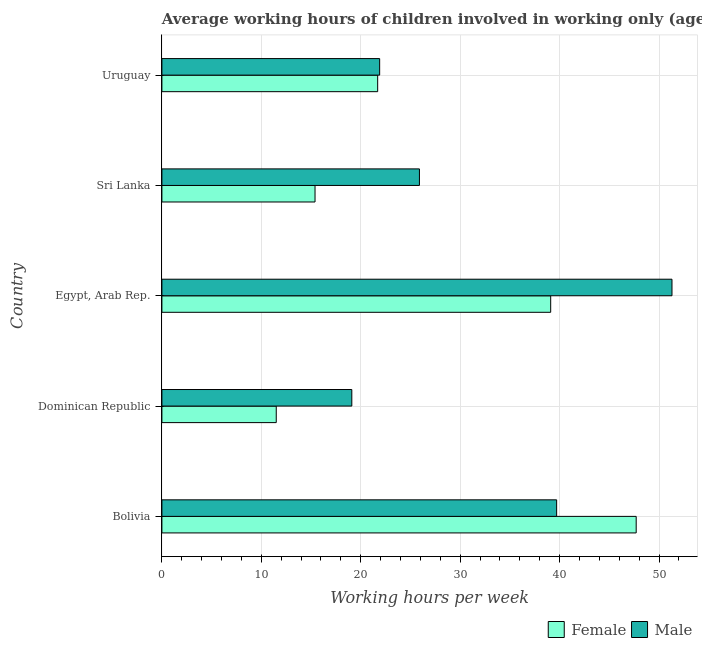
| Country | Female | Male |
 | --- | --- | --- |
 | Bolivia | 47.7 | 39.7 |
 | Dominican Republic | 11.5 | 19.1 |
 | Egypt, Arab Rep. | 39.1 | 51.3 |
 | Sri Lanka | 15.4 | 25.9 |
 | Uruguay | 21.7 | 21.9 |